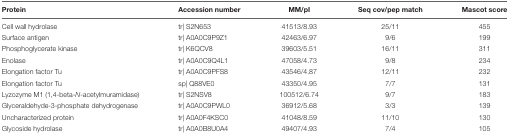
<table><thead><tr><td><b>Protein</b></td><td><b>Accession number</b></td><td><b>MM/pI</b></td><td><b>Seq cov/pep match</b></td><td><b>Mascot score</b></td></tr></thead><tbody><tr><td>Cell wall hydrolase</td><td>tr| S2N653</td><td>41513/8.93</td><td>25/11</td><td>455</td></tr><tr><td>Surface antigen</td><td>tr| A0A0C9P9Z1</td><td>42463/6.97</td><td>9/6</td><td>199</td></tr><tr><td>Phosphoglycerate kinase</td><td>tr| K6QCV8</td><td>39603/5.51</td><td>16/11</td><td>311</td></tr><tr><td>Enolase</td><td>tr| A0A0C9Q4L1</td><td>47058/4.73</td><td>9/8</td><td>234</td></tr><tr><td>Elongation factor Tu</td><td>tr| A0A0C9PFS8</td><td>43546/4.87</td><td>12/11</td><td>232</td></tr><tr><td>Elongation factor Tu</td><td>sp| Q88VE0</td><td>43350/4.95</td><td>7/7</td><td>131</td></tr><tr><td>Lyzozyme M1 (1,4-beta-<i>N</i>-acetylmuramidase)</td><td>tr| S2NSV8</td><td>100512/6.74</td><td>9/7</td><td>183</td></tr><tr><td>Glyceraldehyde-3-phosphate dehydrogenase</td><td>tr| A0A0C9PWL0</td><td>36912/5.68</td><td>3/3</td><td>139</td></tr><tr><td>Uncharacterized protein</td><td>tr| A0A0F4KSC0</td><td>41048/8.59</td><td>11/10</td><td>130</td></tr><tr><td>Glycoside hydrolase</td><td>tr| A0A0B8U0A4</td><td>49407/4.93</td><td>7/4</td><td>105</td></tr></tbody></table>